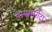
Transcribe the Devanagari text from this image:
पेन्यासेर्रादा